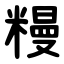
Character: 䊡